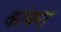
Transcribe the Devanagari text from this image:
कांचपट्ट